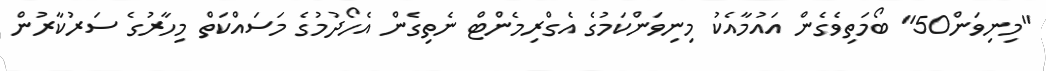
"މިނިވަން50" ބޯމަތިވެގެން އައުމާއެކު މިނިވަންކަމުގެ އެގްރިމެންޓް ނެތިގެން އެހޯދުމުގެ މަސައްކަތް މިހާރުގެ ސަރުކާރުން